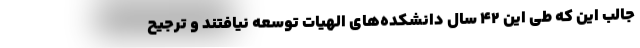
جالب این که طی این 42 سال دانشکده‌های الهیات توسعه نیافتند و ترجیح